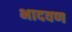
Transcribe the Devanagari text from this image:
भादवण